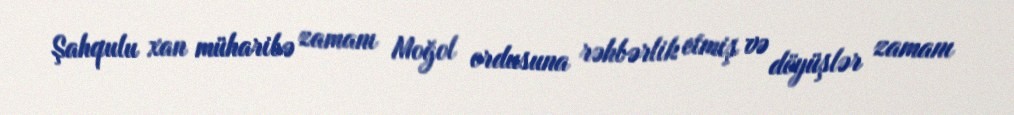
Şahqulu xan müharibə zamanı Moğol ordusuna rəhbərlik etmiş və döyüşlər zamanı